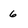
Character: 6